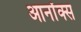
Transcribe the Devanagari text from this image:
आर्नॉक्स